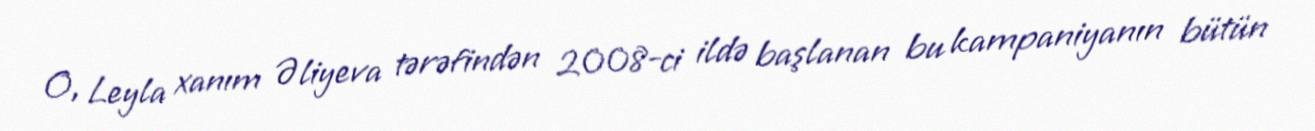
O, Leyla xanım Əliyeva tərəfindən 2008-ci ildə başlanan bu kampaniyanın bütün